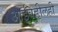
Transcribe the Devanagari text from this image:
आईवडीलही